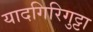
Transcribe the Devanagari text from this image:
यादगिरिगुट्टा